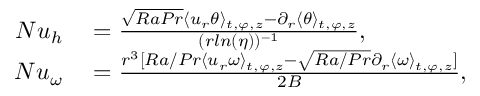
\begin{array} { r l } { N u _ { h } } & { { } = \frac { \sqrt { R a P r } \langle u _ { r } \theta \rangle _ { t , \varphi , z } - \partial _ { r } \langle \theta \rangle _ { t , \varphi , z } } { ( r l n ( \eta ) ) ^ { - 1 } } , } \\ { N u _ { \omega } } & { { } = \frac { r ^ { 3 } [ R a / P r \langle u _ { r } \omega \rangle _ { t , \varphi , z } - \sqrt { R a / P r } \partial _ { r } \langle \omega \rangle _ { t , \varphi , z } ] } { 2 B } , } \end{array}